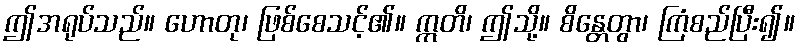
ဤအရုပ်သည်။ ဟောတု၊ ဖြစ်စေသင့်၏။ ဣတိ၊ ဤသို့။ စိန္တေတွာ၊ ကြံစည်ပြီး၍။